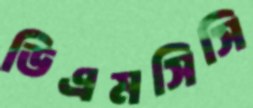
ডিএমসিসি